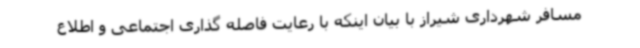
مسافر شهرداری شیراز با بیان اینکه با رعایت فاصله گذاری اجتماعی و اطلاع